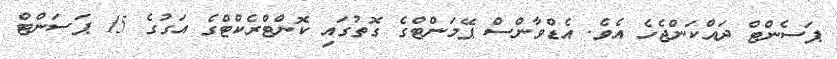
ޕަސެންޓް ދައްކަންޖެހެ އެވެ. އެޑްވާންސް ޕޭމަންޓްގެ ގޮތުގައި ކޮންޓްރެކްޓްގެ އަގުގެ 15 ޕަސަންޓް